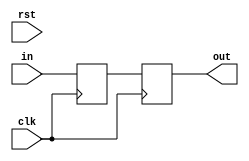
// This program was cloned from: https://github.com/IBM/AccDNN
// License: Apache License 2.0

`timescale 1ns / 1ps

module delay(clk,rst,in,out);
input clk;
input rst;
input in;
output out;

parameter N = 2;

generate
	if (N == 0) begin : gen_delay_block
		assign out = in;
	end
	else if (N == 1) begin
(*mark_debug="true"*)reg				delay_line;

		always @ (posedge clk)
		begin
			delay_line 	<= in;
		end

		assign out = delay_line;
	end
	else begin
		genvar i;
(*mark_debug="true"*)reg		[N-1:0]		delay_line;

		always @ (posedge clk)
		begin
			delay_line [0]	<= in;
		end

		for (i=1; i < N; i=i+1) begin:gen_delay_line
			always @ (posedge clk)
			begin
				delay_line [i]	<= delay_line [i-1];
			end
		end

		assign	out = delay_line [N-1];
	end
endgenerate


endmodule